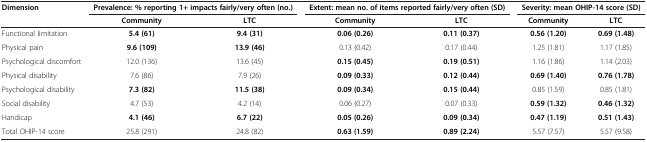
| Dimension | <COLSPAN=2> Prevalence: % reporting 1+ impacts fairly/very often (no.) | <COLSPAN=2> Extent: mean no. of items reported fairly/very often (SD) | <COLSPAN=2> Severity: mean OHIP-14 score (SD) |
 | --- | --- | --- | --- | --- | --- | --- |
 |  | Community | LTC | Community | LTC | Community | LTC |
 | Functional limitation | 5.4 (61) | 9.4 (31) | 0.06 (0.26) | 0.11 (0.37) | 0.56 (1.20) | 0.69 (1.48) |
 | Physical pain | 9.6 (109) | 13.9 (46) | 0.13 (0.42) | 0.17 (0.44) | 1.25 (1.81) | 1.17 (1.85) |
 | Psychological discomfort | 12.0 (136) | 13.6 (45) | 0.15 (0.45) | 0.19 (0.51) | 1.16 (1.86) | 1.14 (2.03) |
 | Physical disability | 7.6 (86) | 7.9 (26) | 0.09 (0.33) | 0.12 (0.44) | 0.69 (1.40) | 0.76 (1.78) |
 | Psychological disability | 7.3 (82) | 11.5 (38) | 0.09 (0.34) | 0.15 (0.44) | 0.85 (1.59) | 0.85 (1.81) |
 | Social disability | 4.7 (53) | 4.2 (14) | 0.06 (0.27) | 0.07 (0.33) | 0.59 (1.32) | 0.46 (1.32) |
 | Handicap | 4.1 (46) | 6.7 (22) | 0.05 (0.26) | 0.09 (0.34) | 0.47 (1.19) | 0.51 (1.43) |
 | Total OHIP-14 score | 25.8 (291) | 24.8 (82) | 0.63 (1.59) | 0.89 (2.24) | 5.57 (7.57) | 5.57 (9.58) |